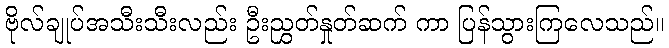
ဗိုလ်ချုပ်အသီးသီးလည်း ဦးညွှတ်နှုတ်ဆက် ကာ ပြန်သွားကြလေသည်။